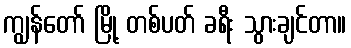
ကျွန်တော် မြို့ တစ်ပတ် ခရီး သွားချင်တာ။